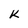
Character: K